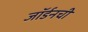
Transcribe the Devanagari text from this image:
जॉर्डनची